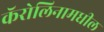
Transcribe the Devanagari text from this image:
कॅरोलिनामधील